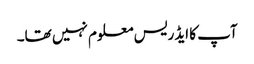
آپ کا ایڈریس معلوم نہیں تھا۔